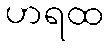
ဟရထ